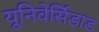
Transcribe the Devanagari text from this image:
यूनिवेर्सिडाड